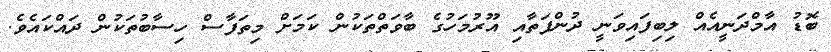
ބޮޑު އާމްދަނީއެއް ލިބިފައިވަނީ ދުންފަތާއި އޫރުމަހުގެ ބާވަތްތަކުން ކަމަށް މިތަފާސް ހިސާބުތަކުން ދައްކައެވެ.